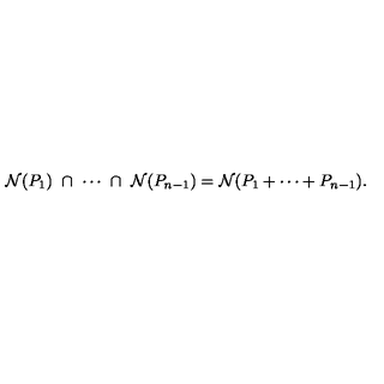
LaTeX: { \cal N } ( P _ { 1 } ) \ \cap \ \cdots \ \cap \ { \cal N } ( P _ { n - 1 } ) = { \cal N } ( P _ { 1 } + \cdots + P _ { n - 1 } ) .